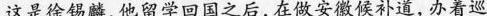
这是徐锡麟,他留学回国之后,在做安徽候补道,办着巡